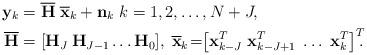
LaTeX: \begin{align*}\mathbf{y}_k &= \overline{\mathbf{H}} \; \overline{\mathbf{x}}_k + \mathbf{n}_k \; k=1,2, \ldots ,N+J, \; \\ \overline{\mathbf{H}} &= [\mathbf{H}_{J} \: \mathbf{H}_{J-1} \ldots \mathbf{H}_0], \;\overline{\mathbf{x}}_k \!= \!\! \left[ \mathbf{x}_{k-J}^T \; \mathbf{x}_{k-J+1}^T \; \ldots \; \mathbf{x}_{k}^T \right]^T\!\!\!.\end{align*}